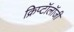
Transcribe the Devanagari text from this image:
क्रिप्टॉलॉजी